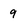
Character: 9